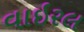
વાઇરલ